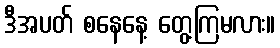
ဒီအပတ် စနေနေ့ တွေ့ကြမလား။